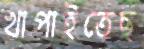
খাপাইতেছ